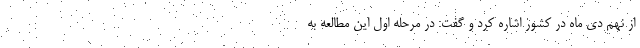
از نهم دی ماه در کشور اشاره کرد و گفت: در مرحله اول این مطالعه به